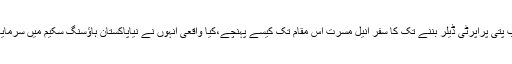
ٹیکسی چلانے سے ارب پتی پراپرٹی ڈیلر بننے تک کا سفر انیل مسرت اس مقام تک کیسے پہنچے،کیا واقعی انہوں نے نیاپاکستان ہاؤسنگ سکیم میں سرمایہ کاری کر رکھی ہے؟